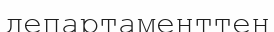
департаменттен